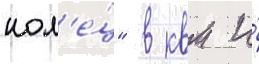
кол'е́ц" в квм и́